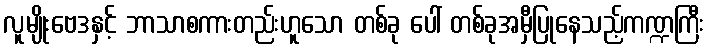
လူမျိုးဗေဒနှင့် ဘာသာစကားတည်းဟူသော တစ်ခု ပေါ် တစ်ခုအမှီပြုနေသည့်ကဏ္ဍကြီး